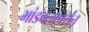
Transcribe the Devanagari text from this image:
भांडवलापर्यंत